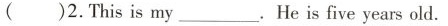
( )2.This is my___.He is five years old.